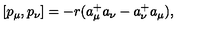
[ p _ { \mu } , p _ { \nu } ] = - r ( a _ { \mu } ^ { + } a _ { \nu } - a _ { \nu } ^ { + } a _ { \mu } ) ,